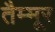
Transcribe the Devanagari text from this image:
तैम्मूर